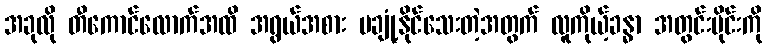
အခုလို တီကောင်လောက်အထိ အရွယ်အစား မချုံ့နိုင်သေးတဲ့အတွက် လူကိုယ့်ခန္ဓာ အတွင်းပိုင်းကို